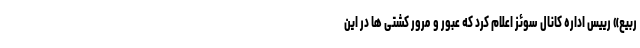
ربیع» رییس اداره کانال سوئز اعلام کرد که عبور و مرور کشتی ها در این